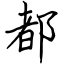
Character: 都